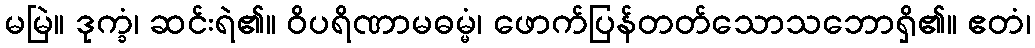
မမြဲ။ ဒုက္ခံ၊ ဆင်းရဲ၏။ ဝိပရိဏာမဓမ္မံ၊ ဖောက်ပြန်တတ်သောသဘောရှိ၏။ ဧတံ၊